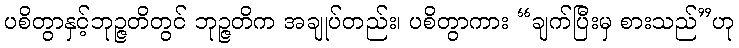
ပစိတွာနှင့်ဘုဉ္ဇတိတွင် ဘုဉ္ဇတိက အချုပ်တည်း၊ ပစိတွာကား “ချက်ပြီးမှ စားသည်”ဟု